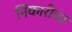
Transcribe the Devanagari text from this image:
निकारीचा